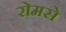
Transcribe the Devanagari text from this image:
रोमसे